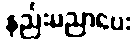
နည်းပညာပေး